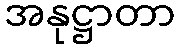
အနုဋ္ဌာတာ